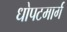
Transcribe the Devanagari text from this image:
धोपटमार्ग